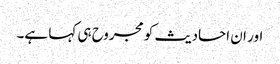
اور ان احادیث کو مجروح ہی کہا ہے۔